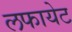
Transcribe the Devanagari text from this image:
लफायेट